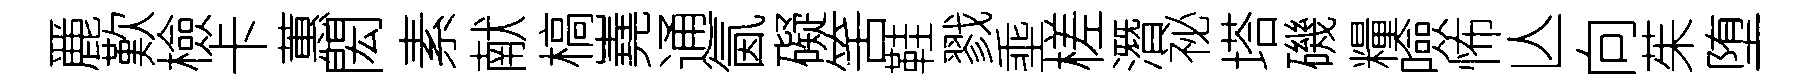
䴡歎檢卡蕙閎素献槁嶤通氤礙筈鞋戮埀槎潛祕塔磯糧噞怖亾向茱堕